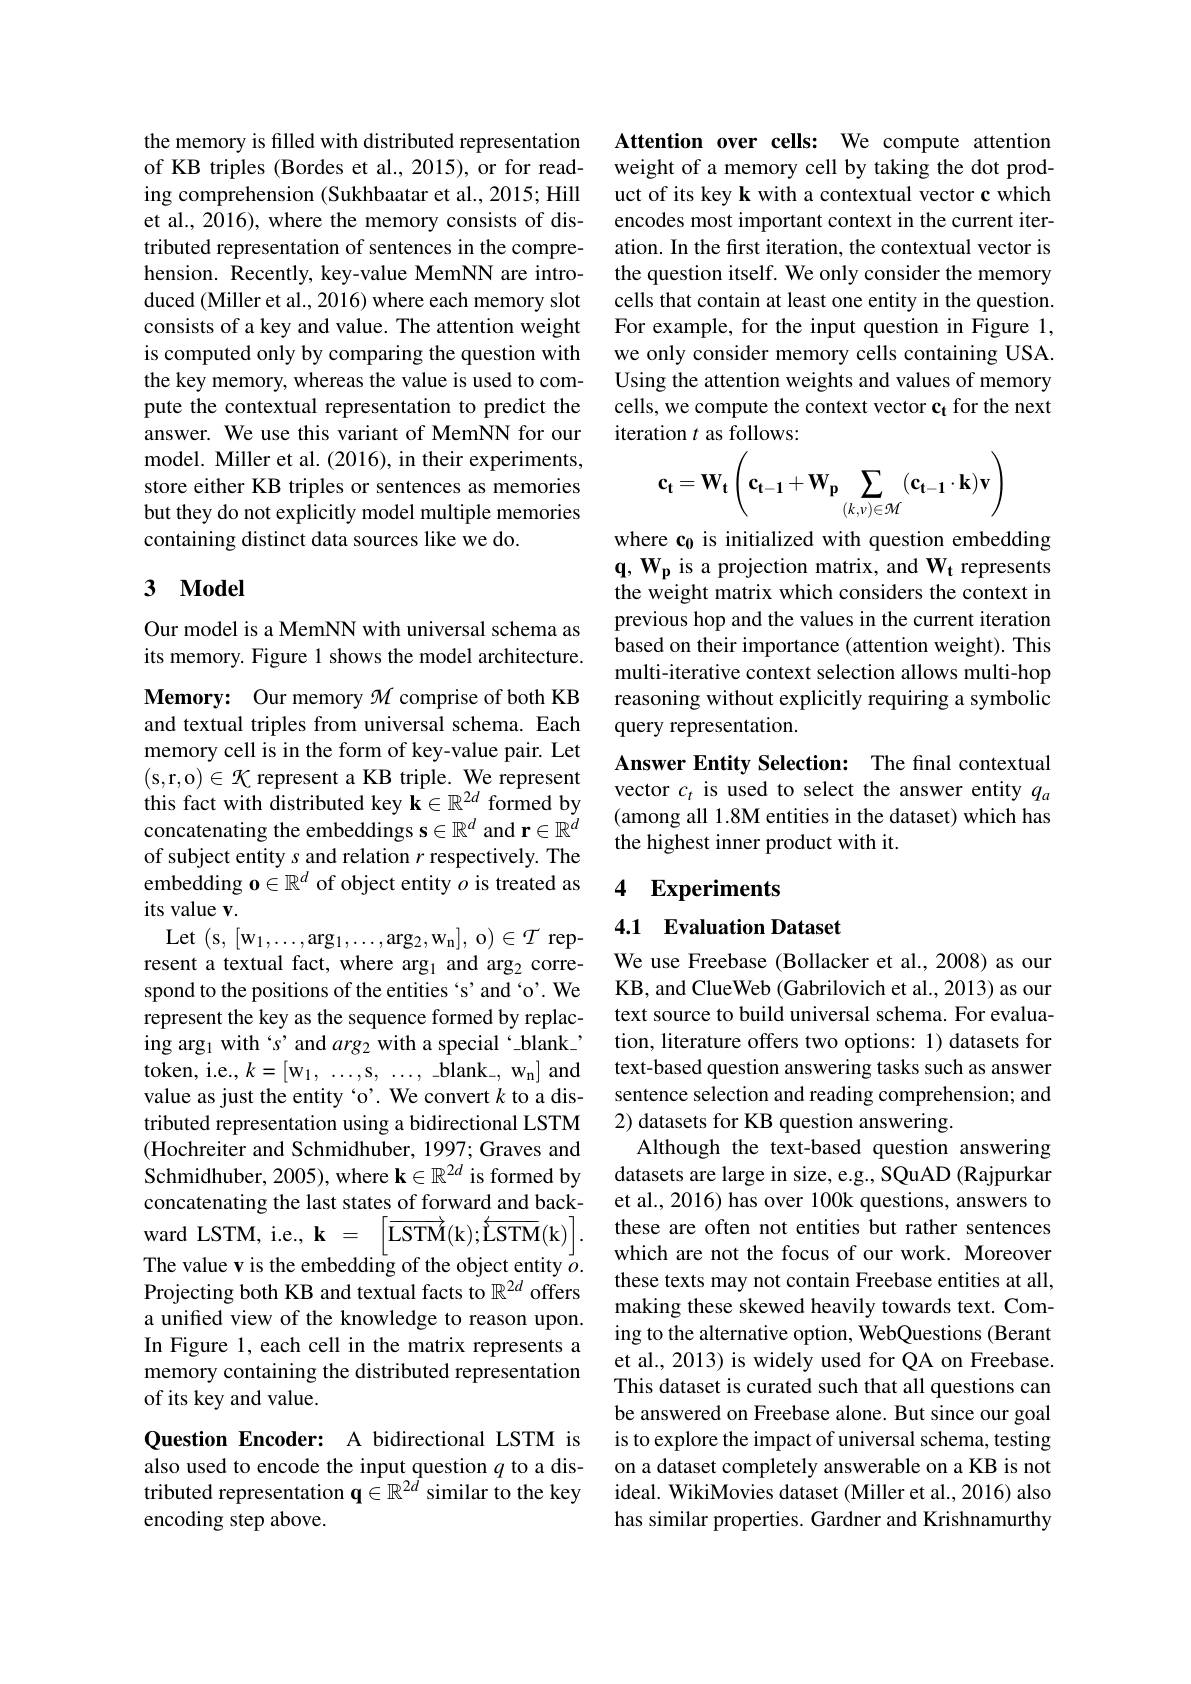
the memory is filled with distributed representation of KB triples (Bordes et al., 2015), or for reading comprehension (Sukhbaatar et al., 2015; Hill et al., 2016), where the memory consists of distributed representation of sentences in the comprehension. Recently, key-value MemNN are introduced (Miller et al., 2016) where each memory slot consists of a key and value. The attention weight is computed only by comparing the question with the key memory, whereas the value is used to compute the contextual representation to predict the answer. We use this variant of MemNN for our model. Miller et al. (2016), in their experiments, store either KB triples or sentences as memories but they do not explicitly model multiple memories containing distinct data sources like we do.

## 3 $\mathbf{Model}$

Our model is a MemNN with universal schema as its memory. Figure 1 shows the model architecture.

Memory: Our memory $\mathcal{M}$ comprise of both KB and textual triples from universal schema. Each memory cell is in the form of key-value pair. Let (s,r,o$)\in\mathcal{K}$ represent a KB triple. We represent this fact with distributed key $\mathbf{k}\in\mathbb{R}^{2d}$ formed by concatenating the embeddings $\mathbf{s}\in\mathbb{R}^d$ and r$\in\mathbb{R}^d$ of subject entity s and relation $r$ respectively. The embedding $\mathbf{o}\in\mathbb{R}^d$ of object entity $o$ is treated as its value v.
Let (s,[w$_1,\ldots$,arg$_1,\ldots$,arg$_2$,w$_{\mathrm{n}}]$,o$)\in\mathcal T$represent a textual fact, where arg$_1$ and arg$_2$ correspond to the positions of the entities `s'and ‘o'. We represent the key as the sequence formed by replacing arg$_1$with‘s’and $arg_2$ with a special‘blank\_, token, i.e., $k= [ w_{1}$, $\ldots$, s, $\ldots$, - blan$k_{- }$, $w_{n}$] and value as just the entity ‘o'. We convert $k$ to a distributed representation using a bidirectional LSTM (Hochreiter and Schmidhuber, 1997; Graves and Schmidhuber, 2005), where $\mathbf{k}\in\mathbb{R}^{2d}$ is formed by concatenating the last states of forward and backward LSTM, i. e. , k = $\left [ \overrightarrow{\mathrm{LSTM}} ( \mathrm{k} ) ; \overleftarrow{\mathrm{LSTM}} ( \mathrm{k} ) \right ] .$ The value v is the embedding of the object entity $\bar{o}.$ Projecting both KB and textual facts to $\mathbb{R}^{2d}$ offers a unified view of the knowledge to reason upon. In Figure 1, each cell in the matrix represents a memory containing the distributed representation of its key and value.
Question Encoder: A bidirectional LSTM is

also used to encode the input question $q$ to a distributed representation $\mathbf{q}\in\mathbb{R}^{2\hat{d}}$ similar to the key### encoding step above.

Attention over cells: We compute attention weight of a memory cell by taking the dot product of its key k with a contextual vector c which encodes most important context in the current iteration. In the first iteration, the contextual vector is the question itself. We only consider the memory cells that contain at least one entity in the question. For example, for the input question in Figure 1, we only consider memory cells containing USA. Using the attention weights and values of memory cells, we compute the context vector ct for the next iteration $t$ as follows:
$$\mathbf{c_t}=\mathbf{W_t}\left(\mathbf{c_{t-1}}+\mathbf{W_p}\sum_{(k,\nu)\in\mathcal{M}}(\mathbf{c_{t-1}}\cdot\mathbf{k})\mathbf{v}\right)$$
where co is initialized with question embedding $\mathbf{q},\mathbf{W_p}$ is a projection matrix, and $\mathbf{W_t}$ represents the weight matrix which considers the context in previous hop and the values in the current iteration based on their importance (attention weight). This multi-iterative context selection allows multi-hop reasoning without explicitly requiring a symbolic query representation.
Answer Entity Selection: The final contextual vector $c_t$ is used to select the answer entity $q_a$ (among all 1.8M entities in the dataset) which has the highest inner product with it.

## 4 Experiments

## 4.1 Evaluation Dataset

We use Freebase (Bollacker et al.,2008) as our KB, and ClueWeb (Gabrilovich et al., 2013) as our text source to build universal schema. For evaluation, literature offers two options: 1) datasets for text-based question answering tasks such as answer sentence selection and reading comprehension; and 2) datasets for KB question answering.
Although the text-based question answering datasets are large in size, e.g., SQuAD (Rajpurkar et al., 2016) has over 100k questions, answers to these are often not entities but rather sentences which are not the focus of our work. Moreover these texts may not contain Freebase entities at all, making these skewed heavily towards text. Coming to the alternative option, WebQuestions (Berant et al., 2013) is widely used for QA on Freebase. This dataset is curated such that all questions can be answered on Freebase alone. But since our goal is to explore the impact of universal schema, testing on a dataset completely answerable on a KB is not ideal. WikiMovies dataset (Miller et al., 2016) also has similar properties. Gardner and Krishnamurthy